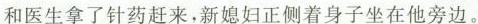
和医生拿了针药赶来，新媳妇正侧着身子坐在他旁边。